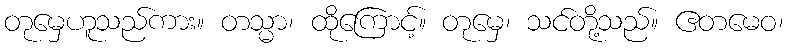
တုမှေဟူသည်ကား။ တသ္မာ၊ ထိုကြောင့်။ တုမှေ၊ သင်တို့သည်။ ဧတမေဝ၊